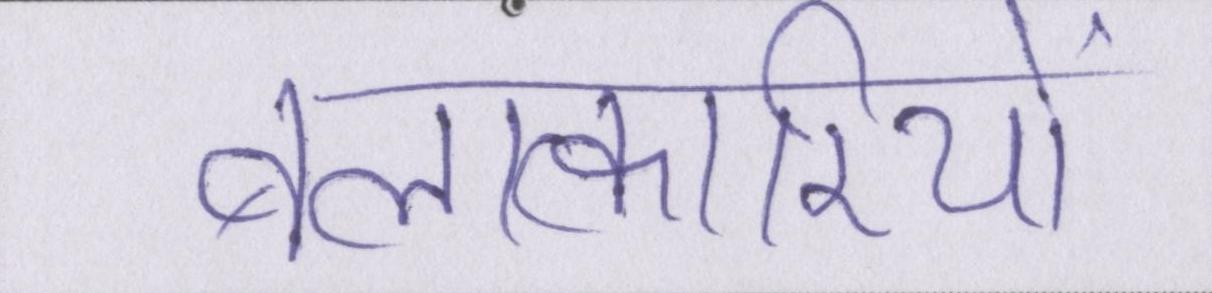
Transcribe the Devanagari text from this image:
बलात्कारियों